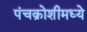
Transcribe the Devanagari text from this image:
पंचक्रोशीमध्ये